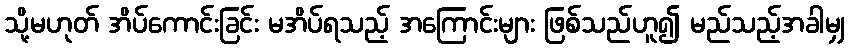
သို့မဟုတ် အိပ်ကောင်းခြင်း မအိပ်ရသည့် အကြောင်းများ ဖြစ်သည်ဟူ၍ မည်သည့်အခါမျှ